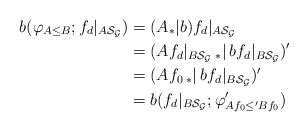
\begin{align*}b (\varphi_{A\leq B} ; f_d|_{A\mathcal{S}_\mathcal{G}}) &= (A{}_*| b) f_d|_{A\mathcal{S}_\mathcal{G}} \\&= (A f_d|_{B\mathcal{S}_\mathcal{G}} \, {}_*| \, b f_d|_{B\mathcal{S}_\mathcal{G}} )' \\&= (A f_0 \, {}_*| \, b f_d|_{B\mathcal{S}_\mathcal{G}} )' \\&= b (f_d|_{B\mathcal{S}_\mathcal{G}} ; \varphi'_{Af_0 \leq' Bf_0})\end{align*}